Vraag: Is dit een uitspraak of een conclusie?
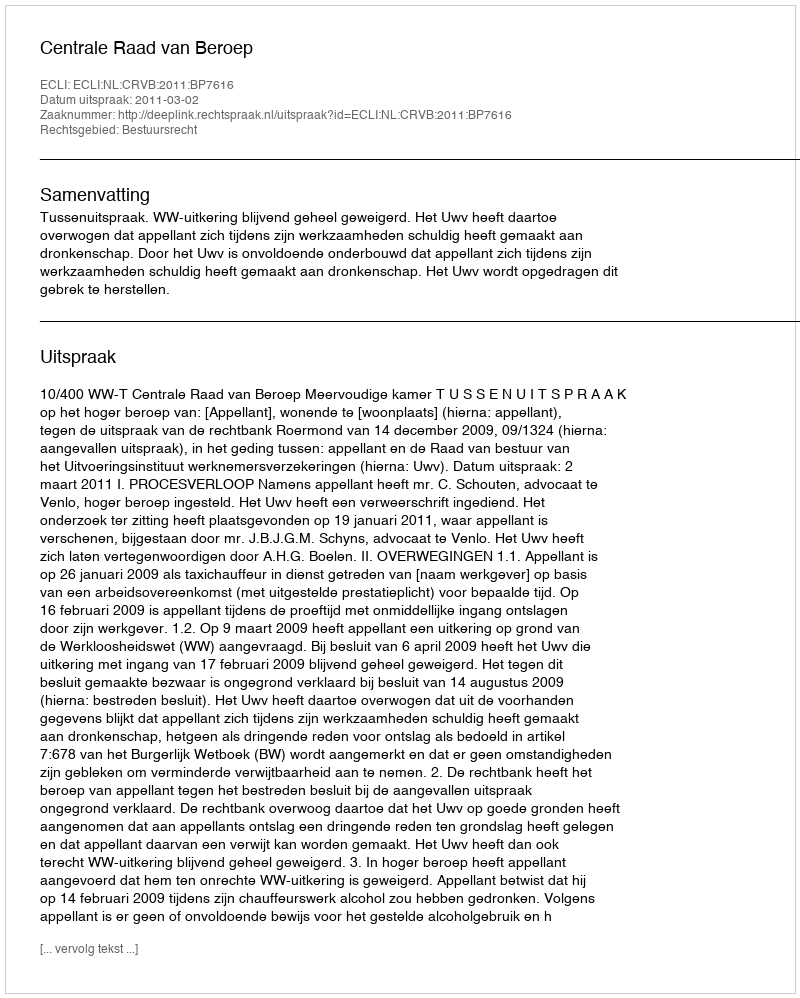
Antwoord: Uitspraak